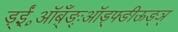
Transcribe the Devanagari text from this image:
ड़्ईं़॰़ऑब़्ँँँङ्ः़ऑड़्फ्ङीऊङ्ञ्